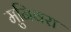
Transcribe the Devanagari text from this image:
मुनिवरा